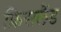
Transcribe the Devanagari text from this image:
फ्रिसलैंड